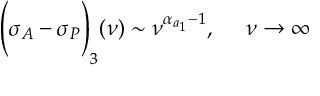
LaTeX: \Biggl ( \sigma _ { A } - \sigma _ { P } \Biggr ) _ { 3 } ( \nu ) \sim \nu ^ { \alpha _ { a _ { 1 } } - 1 } , \ \ \ \ \nu \rightarrow \infty